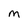
Character: M